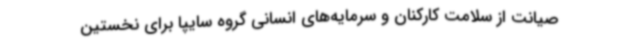
صیانت از سلامت کارکنان و سرمایه‌های انسانی گروه سایپا برای نخستین